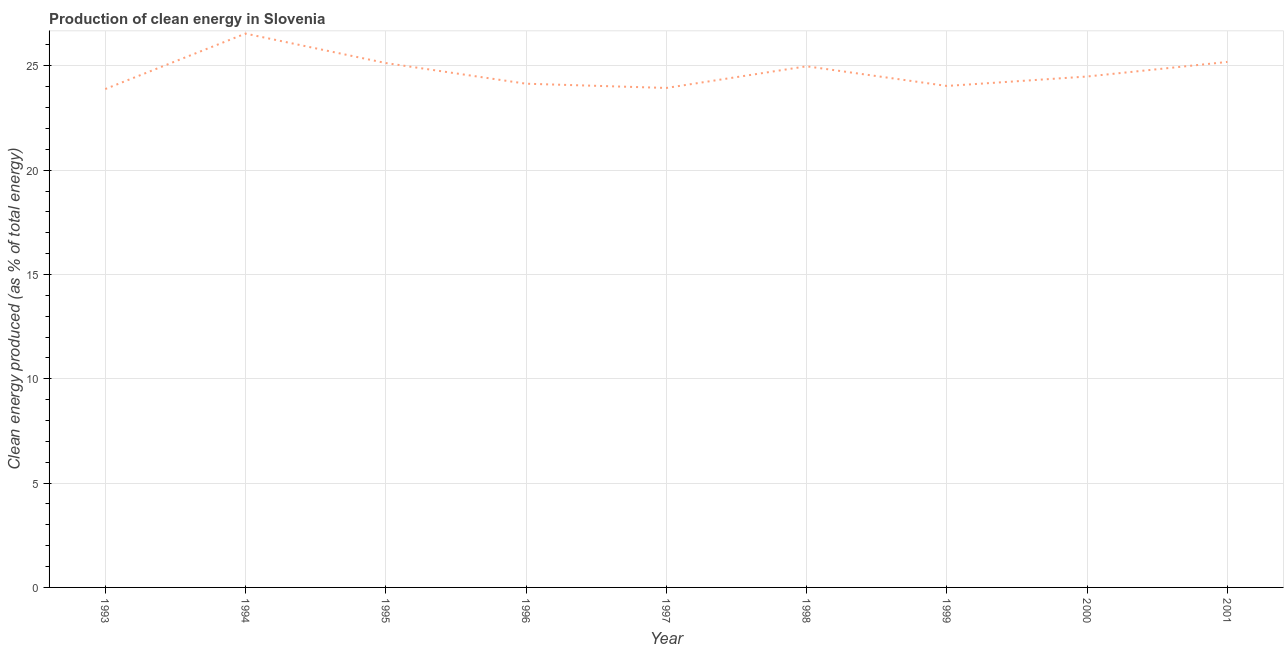
| Year | Alternative and nuclear energy |
 | --- | --- |
 | 1993 | 23.9 |
 | 1994 | 26.5 |
 | 1995 | 25.1 |
 | 1996 | 24.1 |
 | 1997 | 23.9 |
 | 1998 | 25 |
 | 1999 | 24 |
 | 2000 | 24.5 |
 | 2001 | 25.2 |